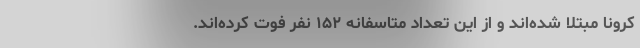
کرونا مبتلا شده‌اند و از این تعداد متاسفانه ۱۵۲ نفر فوت کرده‌اند.